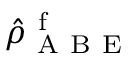
\hat { \rho } _ { \mathrm { ~ A ~ B ~ E ~ } } ^ { \mathrm { ~ f ~ } }